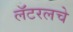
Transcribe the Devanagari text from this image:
लॅटरलचे